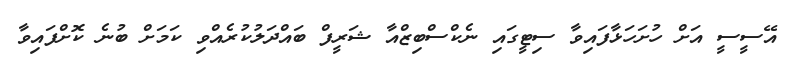
އޭސީސީ އަށް ހުށަހަޅާފައިވާ ސިޓީގައި ނެކްސްބިޒްއާ ޝަރީފް ބައްދަލުކުރެއްވި ކަމަށް ބުނެ ކޮށްފައިވާ